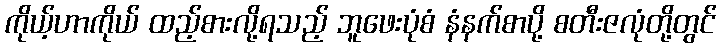
ကိုယ့်ဟာကိုယ် ထည့်စားလို့ရသည့် ဘူဖေးပုံစံ နံနက်စာပို့ စတီးဇလုံတို့တွင်